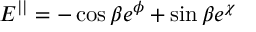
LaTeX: E ^ { | | } = - \cos \beta e ^ { \phi } + \sin \beta e ^ { \chi }